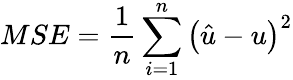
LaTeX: MSE=\frac{1}{n}\sum_{i=1}^{n}{{{\left({\hat{u}-u}\right)}^{2}}}